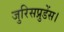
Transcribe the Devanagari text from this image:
जुरिसप्रुडेंस।